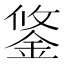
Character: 鋚